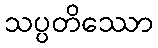
သပ္ပတိဿော